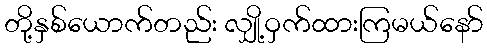
တို့နှစ်ယောက်တည်း လျှို့ဝှက်ထားကြမယ်နော်